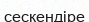
сескендіре